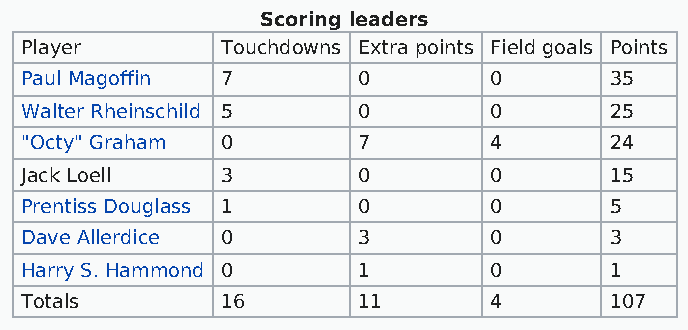
Scoring leaders
 Player        Touchdowns Extra points Field goals Points
 Paul Magoffin 7        0       0       35
 Walter Rheinschild 5   0       0       25
 "Octy" Graham 0        7       4       24
 Jack Loell    3        0       0       15
 Prentiss Douglass 1    0       0       5
 Dave Allerdice 0       3       0       3
 Harry S. Hammond 0     1       0       1
 Totals        16       11      4       107